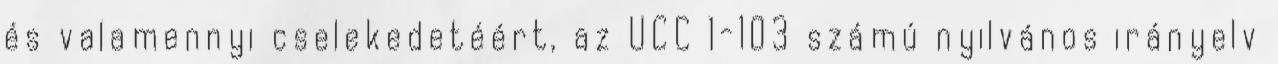
és valamennyi cselekedetéért, az UCC 1-103 számú nyilvános irányelv